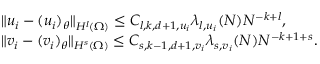
\begin{array} { r l } & { \| u _ { i } - ( u _ { i } ) _ { \theta } \| _ { H ^ { l } ( \Omega ) } \leq C _ { l , k , d + 1 , u _ { i } } \lambda _ { l , u _ { i } } ( N ) N ^ { - k + l } , } \\ & { \| v _ { i } - ( v _ { i } ) _ { \theta } \| _ { H ^ { s } ( \Omega ) } \leq C _ { s , k - 1 , d + 1 , v _ { i } } \lambda _ { s , v _ { i } } ( N ) N ^ { - k + 1 + s } . } \end{array}